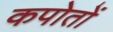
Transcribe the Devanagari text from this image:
कपोतों